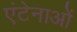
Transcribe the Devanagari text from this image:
एंटेनाओं